Report of the Indian Hemp Drugs Commission, 1894-1895 - Volume IV
Year: 1894
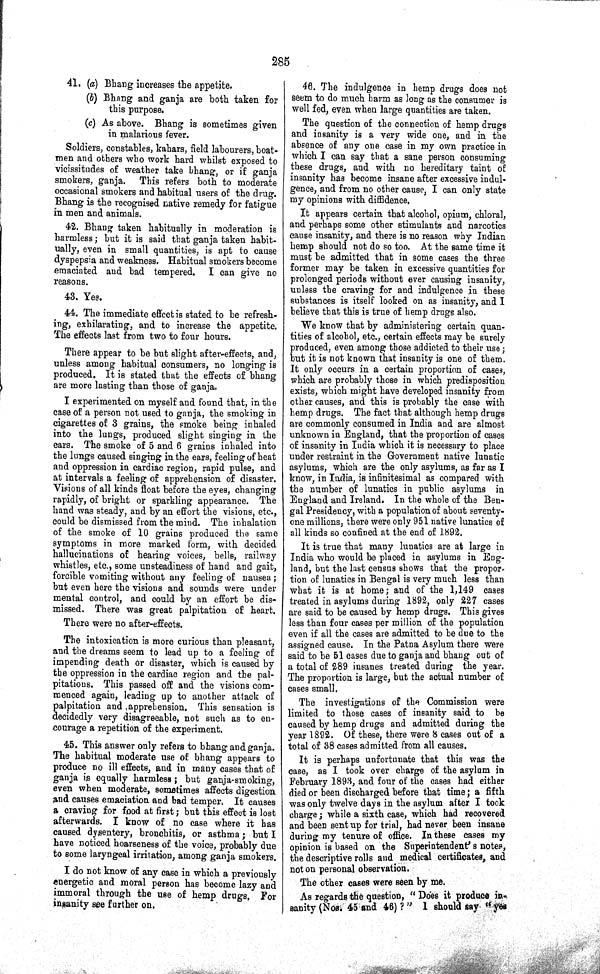
285
41. (a) Bhang increases the appetite.
(b) Bhang and ganja are both taken for
this purpose.
(c) As above. Bhang is sometimes given
in malarious fever.
Soldiers, constables, kahars, field labourers, boat-
men and others who work hard whilst exposed to
vicissitudes of weather take bhang, or if ganja
smokers, ganja. This refers both to moderate
occasional smokers and habitual users of the drug.
Bhang is the recognised native remedy for fatigue
in men and animals.
42. Bhang taken habitually in moderation is
harmless; but it is said that ganja taken habit-
ually, even in small quantities, is apt to cause
dyspepsia and weakness. Habitual smokers become
emaciated and bad tempered. I can give no
reasons.
43. Yes.
44. The immediate effect is stated to be refresh-
ing, exhilarating, and to increase the appetite.
The effects last from two to four hours.
There appear to be but slight after-effects, and,
unless among habitual consumers, no longing is
produced. It is stated that the effects of bhang
are more lasting than those of ganja.
I experimented on myself and found that, in the
case of a person not used to ganja, the smoking in
cigarettes of 3 grains, the smoke being inhaled
into the lungs, produced slight singing in the
ears. The smoke of 5 and 6 grains inhaled into
the lungs caused singing in the ears, feeling of heat
and oppression in cardiac region, rapid pulse, and
at intervals a feeling of apprehension of disaster.
Visions of all kinds float before the eyes, changing
rapidly, of bright or sparkling appearance. The
hand was steady, and by an effort the visions, etc.,
could be dismissed from the mind. The inhalation
of the smoke of 10 grains produced the same
symptoms in more marked form, with decided
hallucinations of hearing voices, bells, railway
whistles, etc., some unsteadiness of hand and gait,
forcible vomiting without any feeling of nausea;
but even here the visions and sounds were under
mental control, and could by an effort be dis-
missed. There was great palpitation of heart.
There were no after-effects.
The intoxication is more curious than pleasant,
and the dreams seem to lead up to a feeling of
impending death or disaster, which is caused by
the oppression in the cardiac region and the pal-
pitations. This passed off and the visions com-
menced again, leading up to another attack of
palpitation and apprehension. This sensation is
decidedly very disagreeable, not such as to en-
courage a repetition of the experiment.
45. This answer only refers to bhang and ganja.
The habitual moderate use of bhang appears to
produce no ill effects, and in many cases that of
ganja is equally harmless; but ganja-smoking,
even when moderate, sometimes affects digestion
and causes emaciation and bad temper. It causes
a craving for food at first; but this effect is lost
afterwards. I know of no case where it has
caused dysentery, bronchitis, or asthma; but I
have noticed hoarseness of the voice, probably due
to some laryngeal irritation, among ganja smokers.
I do not know of any case in which a previously
energetic and moral person has become lazy and
immoral through the use of hemp drugs. For
insanity see further on.
46. The indulgence in hemp drugs does not
seem to do much harm as long as the consumer is
well fed, even when large quantities are taken.
The question of the connection of hemp drugs
and insanity is a very wide one, and in the
absence of any one case in my own practice in
which I can say that a sane person consuming
these drugs, and with no hereditary taint of
insanity has become insane after excessive indul-
gence, and from no other cause, I can only state
my opinions with diffidence.
It appears certain that alcohol, opium, chloral,
and perhaps some other stimulants and narcotics
cause insanity, and there is no reason why Indian
hemp should not do so too. At the same time it
must be admitted that in some cases the three
former may be taken in excessive quantities for
prolonged periods without ever causing insanity,
unless the craving for and indulgence in these
substances is itself looked on as insanity, and I
believe that this is true of hemp drugs also.
We know that by administering certain quan-
tities of alcohol, etc., certain effects may be surely
produced, even among those addicted to their use;
but it is not known that insanity is one of them.
It only occurs in a certain proportion of cases,
which are probably those in which predisposition
exists, which might have developed insanity from
other causes, and this is probably the case with
hemp drugs. The fact that although hemp drugs
are commonly consumed in India and are almost
unknown in England, that the proportion of cases
of insanity in India which it is necessary to place
under restraint in the Government native lunatic
asylums, which are the only asylums, as far as I
know, in India, is infinitesimal as compared with
the number of lunatics in public asylums in
England and Ireland. In the whole of the Ben-
gal Presidency, with a population of about seventy-
one millions, there were only 951 native lunatics of
all kinds so confined at the end of 1892.
It is true that many lunatics are at large in
India who would be placed in asylums in Eng-
land, but the last census shows that the propor-
tion of lunatics in Bengal is very much less than
what it is at home; and of the 1,149 cases
treated in asylums during 1892, only 227 cases
are said to be caused by hemp drugs. This gives
less than four cases per million of the population
even if all the cases are admitted to be due to the
assigned cause. In the Patna Asylum there were
said to be 51 cases due to ganja and bhang out of
a total of 289 insanes treated during the year.
The proportion is large, but the actual number of
cases small.
The investigations of the Commission were
limited to those cases of insanity said to be
caused by hemp drugs and admitted during the
year 1892. Of these, there were 8 cases out of a
total of 38 cases admitted from all causes.
It is perhaps unfortunate that this was the
case, as I took over charge of the asylum in
February 1893, and four of the cases had either
died or been discharged before that time; a fifth
was only twelve days in the asylum after I took
charge; while a sixth case, which had recovered
and been sent up for trial, had never been insane
during my tenure of office. In these cases my
opinion is based on the Superintendent's notes,
the descriptive rolls and medical certificates, and
not on personal observation.
The other cases were seen by me.
As regards the question, "Does it produce in-
sanity (Nos. 45 and 46)?" I should say "yes